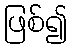
ဖြစ်၍